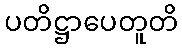
ပတိဋ္ဌာပေတူတိ